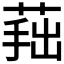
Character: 𦵛